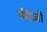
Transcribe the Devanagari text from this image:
फीज़ो